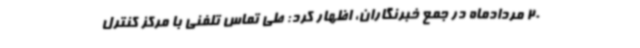
20 مردادماه در جمع خبرنگاران، اظهار کرد: طی تماس تلفنی با مرکز کنترل